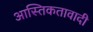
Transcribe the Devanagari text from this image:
आस्तिकतावादी